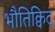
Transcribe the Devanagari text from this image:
भौतिक्विद